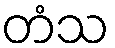
တံသ